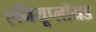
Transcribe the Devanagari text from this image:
एनियूप्लॉयड